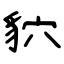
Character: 貁